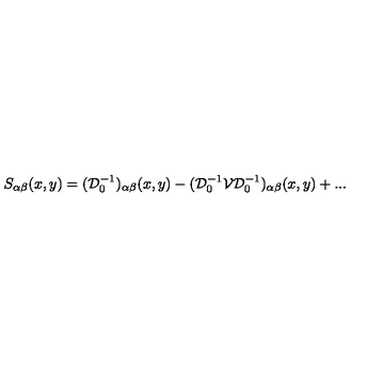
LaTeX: S _ { \alpha \beta } ( x , y ) = ( { \mathcal D } _ { 0 } ^ { - 1 } ) _ { \alpha \beta } ( x , y ) - ( { \mathcal D } _ { 0 } ^ { - 1 } { \mathcal V } { \mathcal D } _ { 0 } ^ { - 1 } ) _ { \alpha \beta } ( x , y ) + . . .